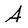
Character: A